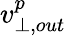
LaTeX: v_{\perp,out}^{p}